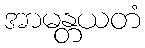
အာမန္တယတံ